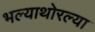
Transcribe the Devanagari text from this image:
भल्याथोरल्या